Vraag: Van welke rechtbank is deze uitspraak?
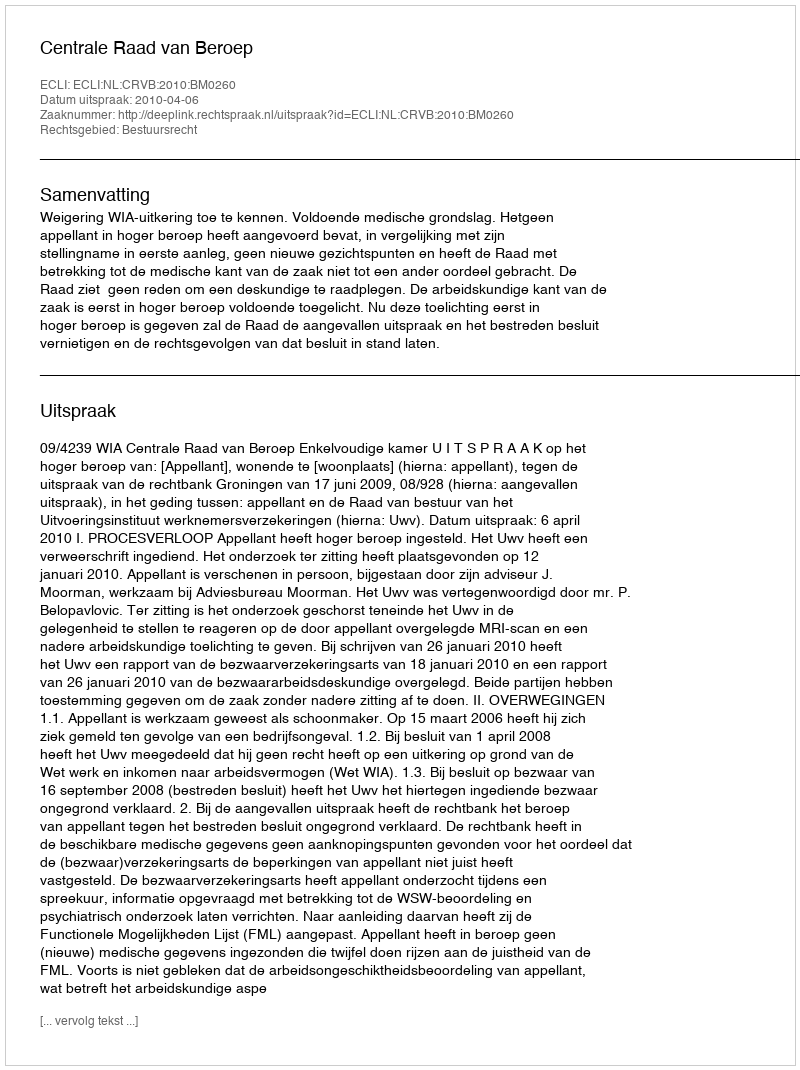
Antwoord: Centrale Raad van Beroep